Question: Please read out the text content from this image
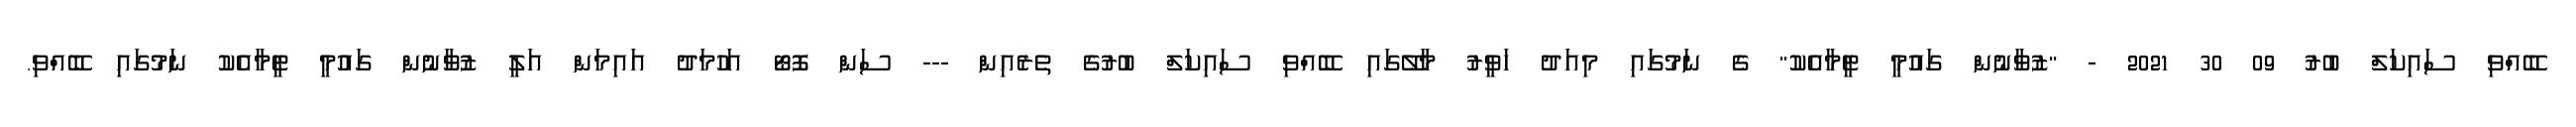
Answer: ބޭއްވި ސައިކަލް ބުރު 09 30 2021 - "ޒުވާނުން ގައުމީ ޓީމާއެކު" ގެ ނަމުގައި މިއަދު ހަވީރު މާލޭގައި ބޭއްވި ސައިކަލް ބުރުގެ ތެރެއިން --- ސަން ފޮޓޯ އަހުމަދު އައިމަން އަލީ ޒުވާނުން ގައުމީ ޓީމާއެކު ނަމުގައި ބޭއްވި.